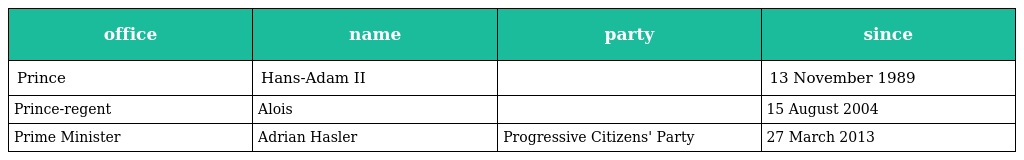
| office | name | party | since |
 | --- | --- | --- | --- |
 | Prince | Hans-Adam II |  | 13 November 1989 |
 | Prince-regent | Alois |  | 15 August 2004 |
 | Prime Minister | Adrian Hasler | Progressive Citizens' Party | 27 March 2013 |